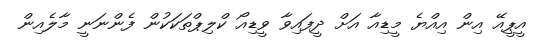
އީޕީއޭ އިން އިއްޔެ މީޑިއާ އަށް ދީފައިވާ ވީޑިއޯ ކްލިޕްތަކަކުން ފެންނަނީ މާލެއިން